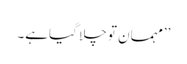
’’مہمان تو چلا گیاہے۔